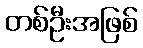
တစ်ဦးအဖြစ်